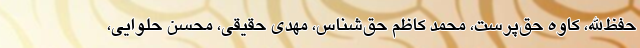
حفظ‌الله، کاوه حق‌پرست، محمد کاظم حق‌شناس، مهدی حقیقی، محسن حلوایی،